Mental hospitals Bombay report 1929-33 - 1929-1933
Year: 1929
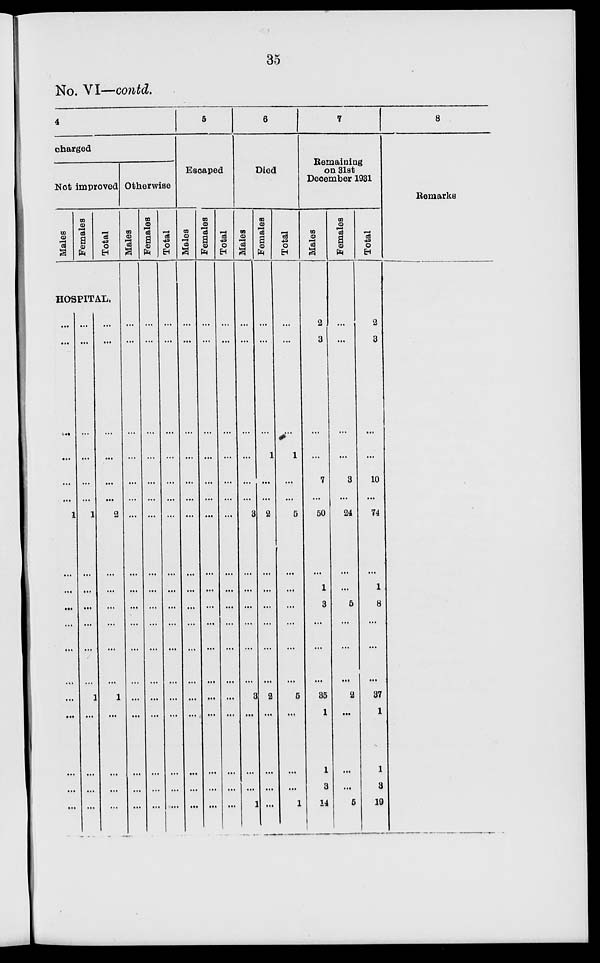
35
No. VI—contd.
4
charged
Not improved
Males
Females
Total
HOSPITAL.
...
...
...
...
...
...
1
...
...
...
...
...
...
...
...
...
...
...
...
...
...
...
...
...
1
...
...
...
...
...
...
1
...
...
...
...
...
...
...
...
...
...
2
...
...
...
...
...
...
1
...
...
...
...
Otherwise
Males
...
...
...
...
...
...
...
...
...
...
...
...
...
...
...
...
...
...
Females
...
...
...
...
...
...
...
...
...
...
...
...
...
...
...
...
...
...
Total
...
...
...
...
...
...
...
...
...
...
...
...
...
...
...
...
...
...
5
Escaped
Males
...
...
...
...
...
...
...
...
...
...
...
...
...
...
...
...
...
...
Females
...
...
...
...
...
...
...
...
...
...
...
...
...
...
...
...
...
...
Total
...
...
...
...
...
...
...
...
...
...
...
...
...
...
...
...
...
...
6
Died
Males
...
...
...
...
...
...
3
...
...
...
...
...
...
3
...
...
...
1
Females
...
...
...
1
...
...
2
...
...
...
...
...
...
2
...
...
...
...
Total
...
...
...
1
...
...
5
...
...
...
...
...
...
5
...
...
...
1
7
Remaining
on 31st
December 1931
Males
2
3
...
...
7
...
50
...
1
3
...
...
...
35
1
1
3
14
Females
...
...
...
...
3
...
24
...
...
5
...
...
...
2
...
...
...
5
Total
2
3
...
...
10
...
74
...
1
8
...
...
...
37
1
1
3
19
8
Remarks